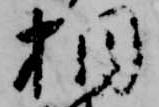
相